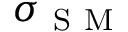
\sigma _ { \mathrm { ~ S ~ M ~ } }